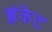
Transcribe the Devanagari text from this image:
ब्लंकेट